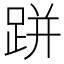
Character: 跰